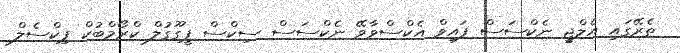
ތެރޭގައި އެލްޖީ ނެކްސަސް ފައިވް އެކްސްވާވޭ ނެކްސަސް ސިކްސް ޕީގޫގުލް ކްރޯމްބުކް ޕިކްސެލް